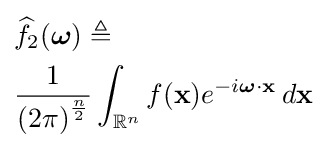
{\begin{aligned}&{\widehat {f}}_{2}({\boldsymbol {\omega }})\triangleq \\&{\frac {1}{{(2\pi )}^{\frac {n}{2}}}}\int _{\mathbb {R} ^{n}}f(\mathbf {x} )e^{-i{\boldsymbol {\omega }}\cdot \mathbf {x} }\,d\mathbf {x} \end{aligned}}